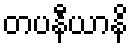
တပနီယာနိ